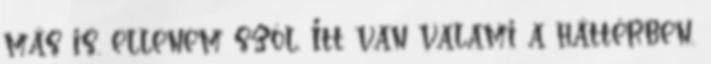
más is. ellenem szól. Itt van valami a háttérben,